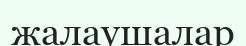
жалаушалар